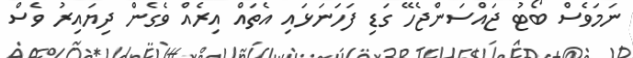
ނަމަވެސް ބޯޓު ޖައްސަންޖެހޭ ގަޑި ފަހަނަޅައި އެތައް އިރެއް ވެގެން ދިޔައިރު ވެސް